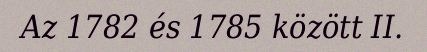
Az 1782 és 1785 között II.